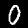
Digit: 0